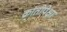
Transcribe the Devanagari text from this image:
क्रांतीपेक्षा